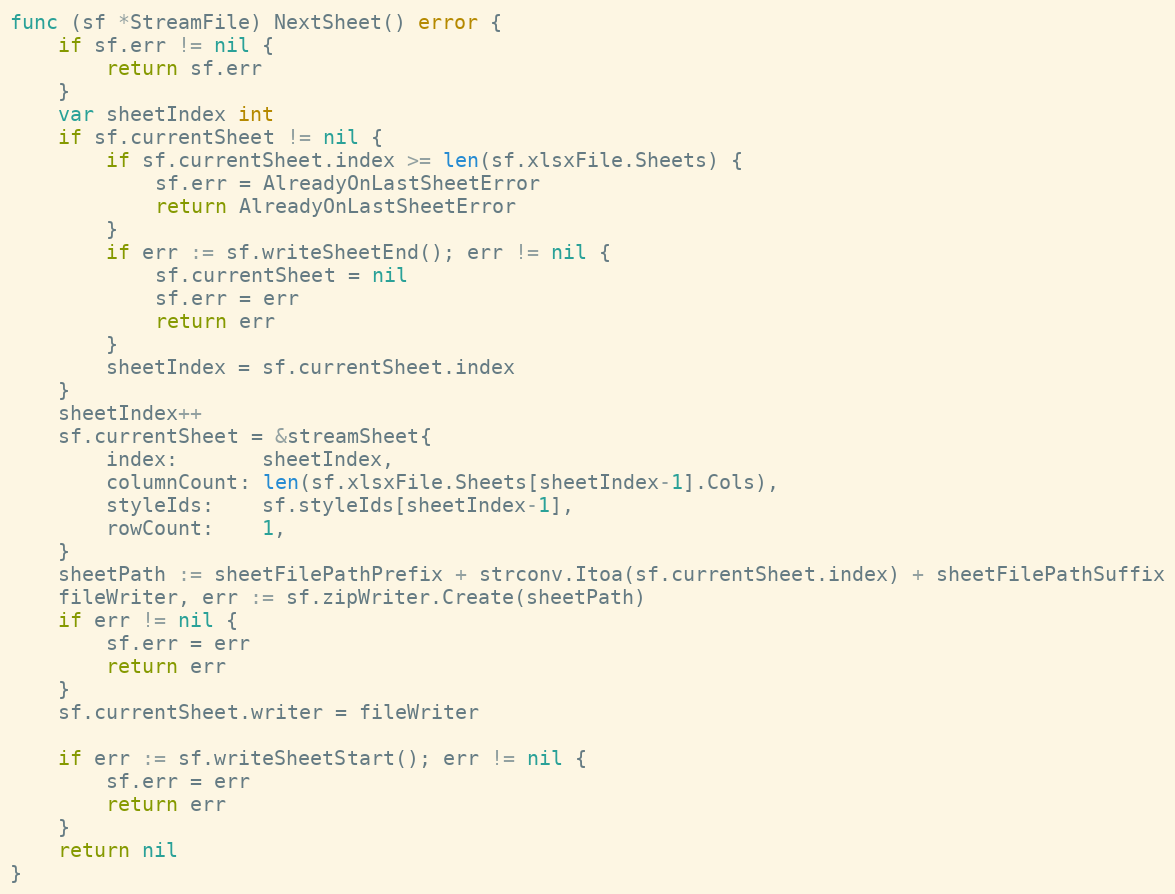
Language: Go
func (sf *StreamFile) NextSheet() error {
	if sf.err != nil {
		return sf.err
	}
	var sheetIndex int
	if sf.currentSheet != nil {
		if sf.currentSheet.index >= len(sf.xlsxFile.Sheets) {
			sf.err = AlreadyOnLastSheetError
			return AlreadyOnLastSheetError
		}
		if err := sf.writeSheetEnd(); err != nil {
			sf.currentSheet = nil
			sf.err = err
			return err
		}
		sheetIndex = sf.currentSheet.index
	}
	sheetIndex++
	sf.currentSheet = &streamSheet{
		index:       sheetIndex,
		columnCount: len(sf.xlsxFile.Sheets[sheetIndex-1].Cols),
		styleIds:    sf.styleIds[sheetIndex-1],
		rowCount:    1,
	}
	sheetPath := sheetFilePathPrefix + strconv.Itoa(sf.currentSheet.index) + sheetFilePathSuffix
	fileWriter, err := sf.zipWriter.Create(sheetPath)
	if err != nil {
		sf.err = err
		return err
	}
	sf.currentSheet.writer = fileWriter

	if err := sf.writeSheetStart(); err != nil {
		sf.err = err
		return err
	}
	return nil
}